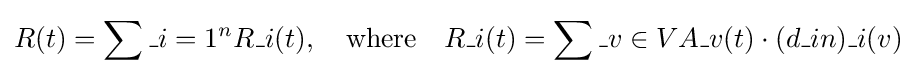
R(t)=\sum \_{i=1}^{n}R\_i(t),\quad {\text{where}}\quad R\_i(t)=\sum \_{v\in V}A\_v(t)\cdot (d\_{in})\_i(v)